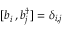
[ { b } _ { i } ^ { \phantom { \dag } } , { b } _ { j } ^ { \dag } ] = \delta _ { i , j }